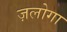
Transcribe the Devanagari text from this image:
ज़लोगा